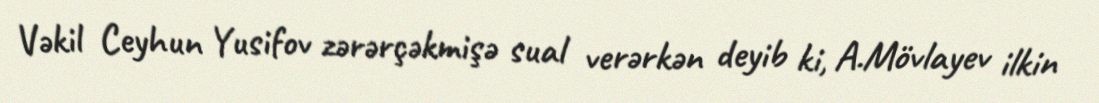
Vəkil Ceyhun Yusifov zərərçəkmişə sual verərkən deyib ki, A.Mövlayev ilkin